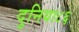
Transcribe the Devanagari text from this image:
दुनिया८६